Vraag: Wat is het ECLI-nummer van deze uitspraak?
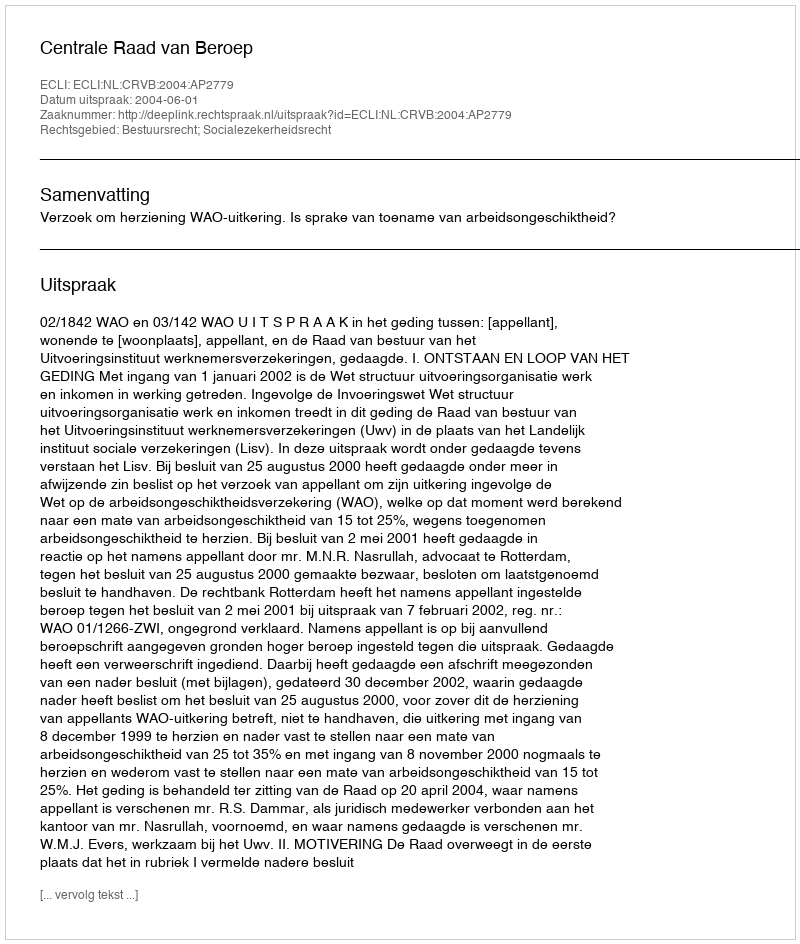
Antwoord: ECLI:NL:CRVB:2004:AP2779